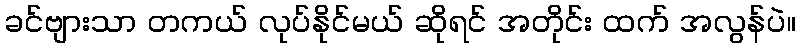
ခင်ဗျားသာ တကယ် လုပ်နိုင်မယ် ဆိုရင် အတိုင်း ထက် အလွန်ပဲ။